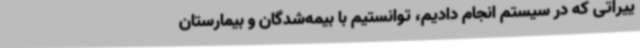
ییراتی که در سیستم انجام دادیم، ‌توانستیم با بیمه‌شدگان و بیمارستان